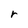
Character: r